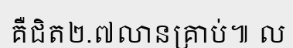
គឺជិត២.៧លានគ្រាប់៕ ល